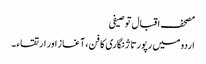
مصحف اقبال توصیفی
اردو میں رپورتاژ نگاری کا فن، آغاز اور ارتقاء ۔